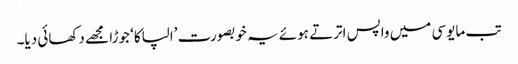
تب مایوسی میں واپس اترتے ہوئے یہ خوبصورت ’الپاکا‘ جوڑا مجھے دکھائی دیا۔